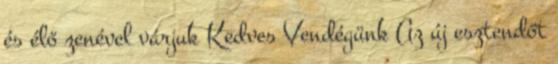
és élő zenével várjuk Kedves Vendégünk Az új esztendőt